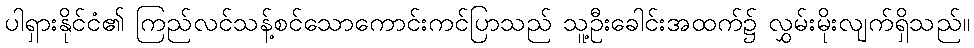
ပါရှားနိုင်ငံ၏ ကြည်လင်သန့်စင်သောကောင်းကင်ပြာသည် သူ့ဦးခေါင်းအထက်၌ လွှမ်းမိုးလျက်ရှိသည်။